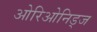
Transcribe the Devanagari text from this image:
ओरिओनिड्ज